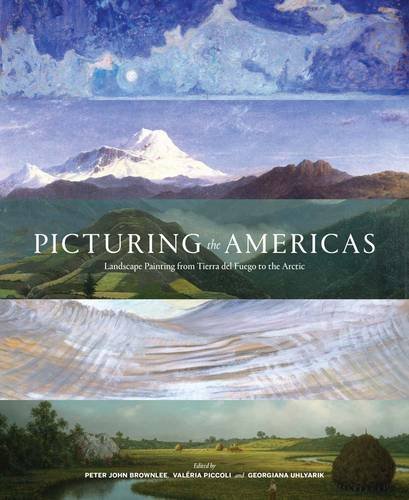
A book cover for Picturing the Americas: Landscape Painting from Tierra del Fuego to the Arctic; Arts & Photography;